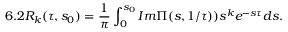
6 . 2 { \cal R } _ { k } ( \tau , s _ { 0 } ) = \frac { 1 } { \pi } \int _ { 0 } ^ { s _ { 0 } } I m \Pi ( s , 1 / \tau ) ) s ^ { k } e ^ { - s \tau } d s .